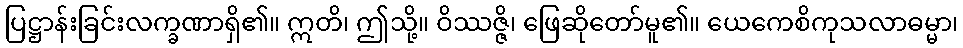
ပြဋ္ဌာန်းခြင်းလက္ခဏာရှိ၏။ ဣတိ၊ ဤသို့။ ဝိဿဇ္ဇိ၊ ဖြေဆိုတော်မူ၏။ ယေကေစိကုသလာဓမ္မာ၊